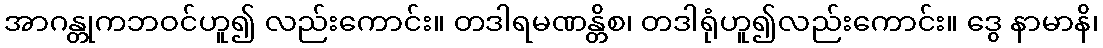
အာဂန္တုကဘဝင်ဟူ၍ လည်းကောင်း။ တဒါရမဏန္တိစ၊ တဒါရုံဟူ၍လည်းကောင်း။ ဒွေ နာမာနိ၊